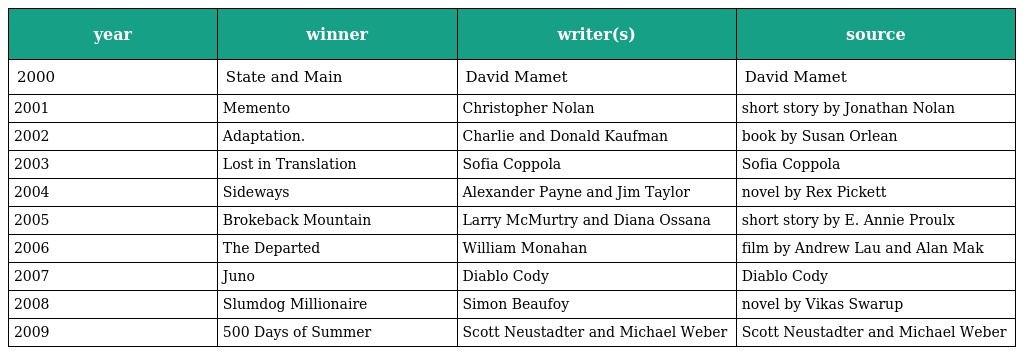
| year | winner | writer(s) | source |
 | --- | --- | --- | --- |
 | 2000 | State and Main | David Mamet | David Mamet |
 | 2001 | Memento | Christopher Nolan | short story by Jonathan Nolan |
 | 2002 | Adaptation. | Charlie and Donald Kaufman | book by Susan Orlean |
 | 2003 | Lost in Translation | Sofia Coppola | Sofia Coppola |
 | 2004 | Sideways | Alexander Payne and Jim Taylor | novel by Rex Pickett |
 | 2005 | Brokeback Mountain | Larry McMurtry and Diana Ossana | short story by E. Annie Proulx |
 | 2006 | The Departed | William Monahan | film by Andrew Lau and Alan Mak |
 | 2007 | Juno | Diablo Cody | Diablo Cody |
 | 2008 | Slumdog Millionaire | Simon Beaufoy | novel by Vikas Swarup |
 | 2009 | 500 Days of Summer | Scott Neustadter and Michael Weber | Scott Neustadter and Michael Weber |